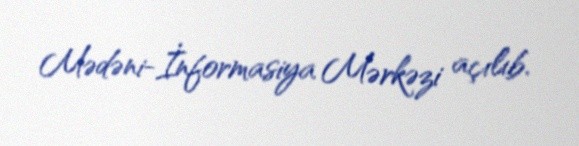
Mədəni-İnformasiya Mərkəzi açılıb.